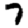
Digit: 7